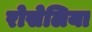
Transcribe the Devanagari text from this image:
रोसेलिया